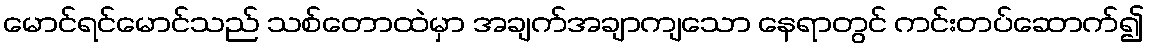
မောင်ရင်မောင်သည် သစ်တောထဲမှာ အချက်အချာကျသော နေရာတွင် ကင်းတပ်ဆောက်၍